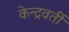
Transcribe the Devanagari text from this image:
केन्द्रवर्ती